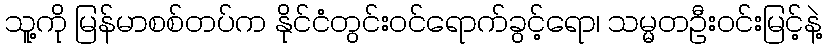
သူ့ကို မြန်မာစစ်တပ်က နိုင်ငံတွင်းဝင်ရောက်ခွင့်ရော၊ သမ္မတဦးဝင်းမြင့်နဲ့